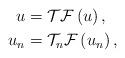
LaTeX: \begin{align*}u & =\mathcal{TF}\left( u\right) ,\\u_{n} & =\mathcal{T}_{n}\mathcal{F}\left( u_{n}\right) ,\end{align*}